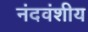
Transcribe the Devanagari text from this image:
नंदवंशीय